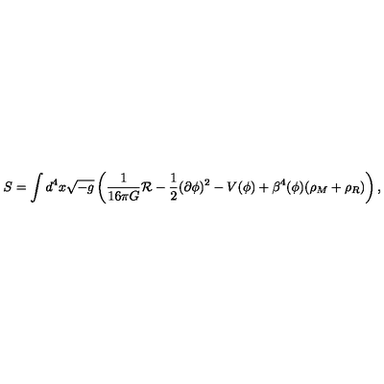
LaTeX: S = \int d ^ { 4 } x \sqrt { - g } \left( \frac { 1 } { 1 6 \pi G } { \cal R } - \frac { 1 } { 2 } ( \partial \phi ) ^ { 2 } - V ( \phi ) + \beta ^ { 4 } ( \phi ) ( \rho _ { M } + \rho _ { R } ) \right) ,